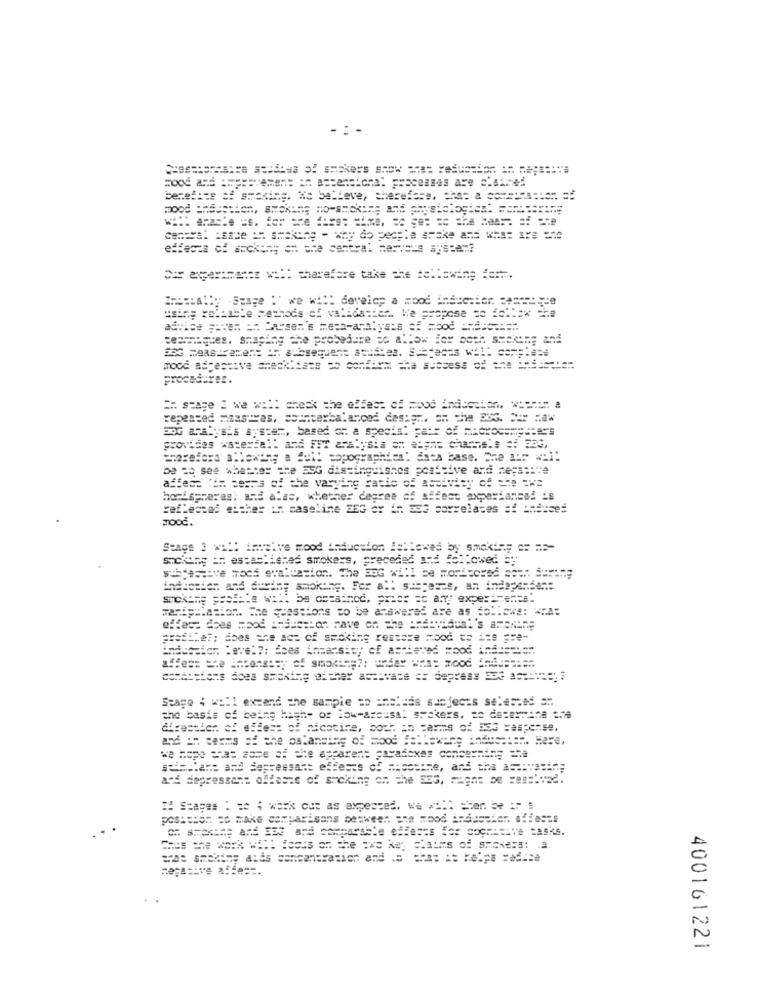
comeca. case = sacking - why do people arske and why: 128 350
effects of anckie; ch the central servers System?
das aparameter w ::: sharefare take phe #allowing for.
teamigtes. shaping the probedure =o allow for soph sacking and
procedures.
== spage 2 we will check the effect of wood indication, *==== a
repeated maastres, counterbalanced design, on the DOG. === = aw
BOG analysis system, based on a special part of microcomputers
provides waterfall and FFT analysis on a:pnt chamne's e! BE3,
=rarefere m'lowing a full copographics: data base. She Ar wii!
be =o see whatter the 55G distinguishes positive and negative
affesa ith ceans of the varying cacio of Activity of the que
horispheres; and alas, whether degree of affect experianend is
reflected either in caseline ZEG or in a53 correlates == ==== sed
MOOĆ.
Seage 3 w ::: imeive mood induction followed by smoking == ==-
sucking == established smokers,
Kers, preceded and followed by
indientes and during smoking. For all suepesce, an independent
smoking prolate wil: ba cocainod, prier =c any exper ===== i.
rastipulation. The questions zo be answered are as Follows: *; A
effect does wood =====: at have on the andavidusi's amexune
profiler; does the act of smoking restore mood to its pre-
Stage 4 will extend the sampie =o ancheas subjects selected ah
the basis of being high- or low-arcusal spokers, ze determine the
direction of effect of nicotine, both in carms of a83 zaspense,
we hope chat some of die apparent parafoxes concerning the
Ballare and depressant effects of masctime, and the ===: vasin;
and depressant offeste of smoking on the BEG, magne be wars'med.
I Stages : se 4 work out as expected, we ..!! = her. be 17 :
pos === en ce make comparisons between. ane mood Andasaker. affeses
are smoking alás soncontratich and .= ==== == helps =edice
negative affe ==.
400161221